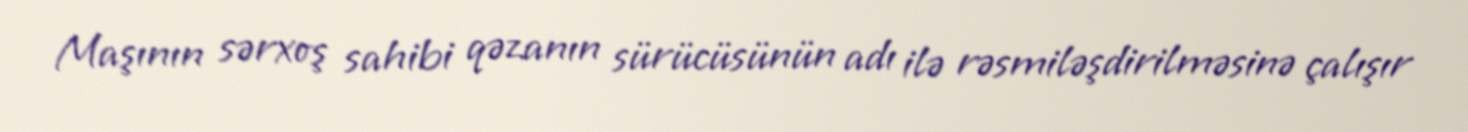
Maşının sərxoş sahibi qəzanın sürücüsünün adı ilə rəsmiləşdirilməsinə çalışır